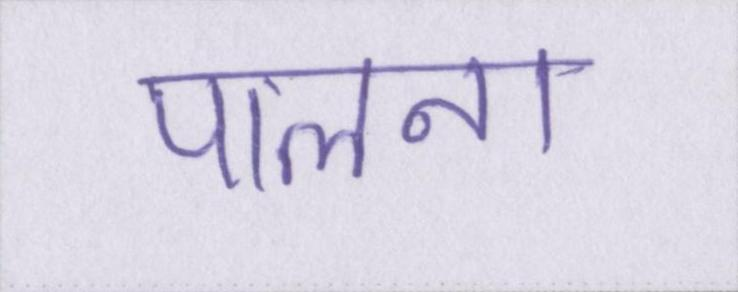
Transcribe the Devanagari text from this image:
पालना